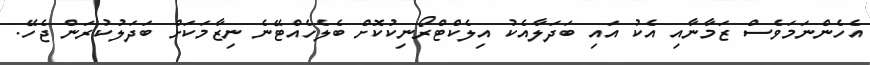
އެހެންނަމަވެސް ޒަމާނާއި އެކު އައި ބަދަލާއެކު އިލެކްޓްރޯނިކުކޮށް ބެލެހެއްޓޭނެ ނިޒާމަކަށް ބަދަލުކުރަން ޖެހޭ.